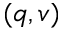
( q , v )